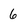
Character: 6